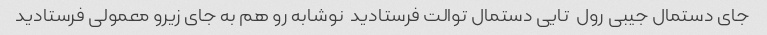
جای دستمال جیبی رول  تایی دستمال توالت فرستادید  نوشابه رو هم به جای زیرو معمولی فرستادید